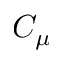
C _ { \mu }